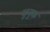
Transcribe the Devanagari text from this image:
धुनुक